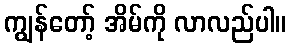
ကျွန်တော့် အိမ်ကို လာလည်ပါ။